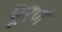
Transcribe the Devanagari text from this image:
पूरणं